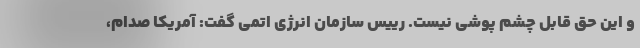
و این حق قابل چشم پوشی نیست. رییس سازمان انرژی اتمی گفت: آمریکا صدام،